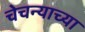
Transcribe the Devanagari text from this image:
चेचन्याच्या